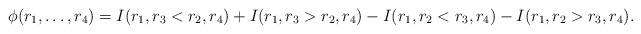
LaTeX: \begin{align*}\phi(r_1, \dots, r_4) = I(r_1, r_3 < r_2, r_4) + I(r_1, r_3 > r_2, r_4) - I(r_1, r_2 < r_3, r_4) - I(r_1, r_2 > r_3, r_4). \end{align*}